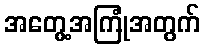
အတွေ့အကြုံအတွက်